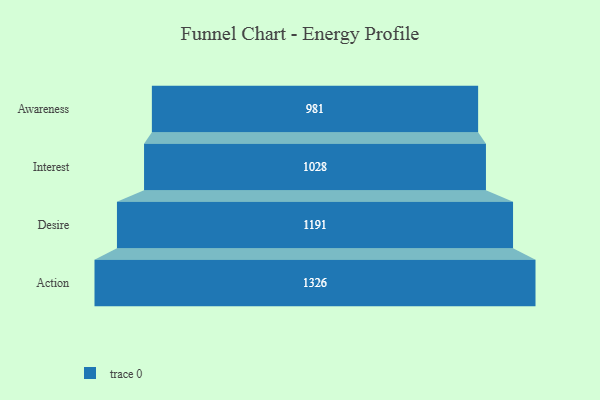
{"axis": {"x": "Stage", "y": "Value"}, "legend": [""], "data": [{"x": "Awareness", "y": 981.0, "type": ""}, {"x": "Interest", "y": 1028.0, "type": ""}, {"x": "Desire", "y": 1191.0, "type": ""}, {"x": "Action", "y": 1326.0, "type": ""}]}